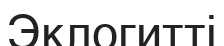
Эклогитті